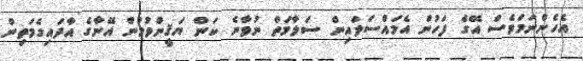
އެހެންނަމަވެސް އޭގެ ފަހުން އެމައްސަލައިން ސަލާމަތް ނުވާނެ ކަން ޔަޤީންވުމުން އޭނާގެ އާދައިގެމަތިން